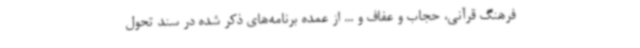
فرهنگ قرآنی، حجاب و عفاف و ... از عمده برنامه‌های ذکر شده در سند تحول